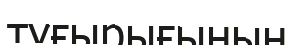
тұғырығының